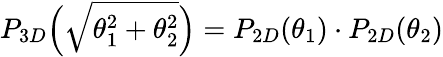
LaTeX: P_{3D}\Big(\sqrt{\theta_{1}^{2}+\theta_{2}^{2}}\Big)=P_{2D}(\theta_{1})\cdot P_{2D}(\theta_{2})